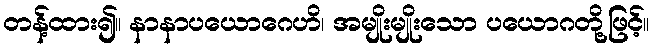
တန့်ထား၍။ နာနာပယောဂေဟိ၊ အမျိုးမျိုးသော ပယောဂတို့ဖြင့်။